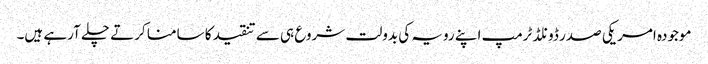
موجودہ امریکی صدر ڈونلڈ ٹرمپ اپنے رویہ کی بدولت شروع ہی سے تنقید کا سامنا کرتے چلے آرہے ہیں۔